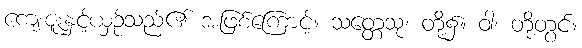
ကျေးဇူးနှင့်ယှဉ်သည်၏ အဖြစ်ကြောင့်။ သတ္တေသု၊ တို့၌။ ဝါ၊ တို့တွင်။